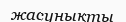
жасунықты